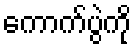
ကောက်ပွဲကို